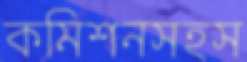
কমিশনসহস